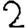
Digit: 2